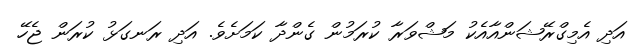
އަދި އެމިގްރޭޝަންއާއެކު މަޝްވަރާ ކުރަމުން ގެންދާ ކަމަށެވެ. އަދި ރަނގަޅު ކުރަން ޖެހޭ